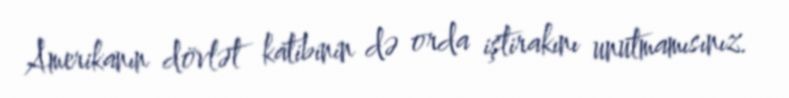
Amerikanın dövlət katibinin də orda iştirakını unutmamısınız.